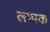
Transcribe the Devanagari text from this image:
लम्पक